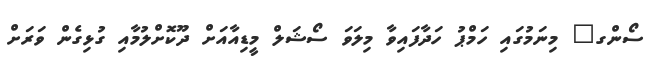
ސޯންގ" މިނަމުގައި ހަމްޕު ހަދާފައިވާ މިލަވަ ސޯޝަލް މީޑިއާއަށް ދޫކޮށްލުމާއި ގުޅިގެން ވަރަށް